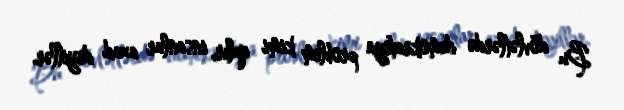
Bu dövlətlərdə demokratiya problem kimi qalır, insanlar azad deyillər.